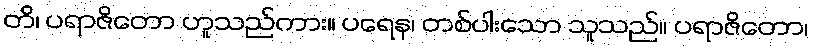
တိ၊ ပရာဇိတော ဟူသည်ကား။ ပရေန၊ တစ်ပါးသော သူသည်။ ပရာဇိတော၊